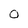
Character: O